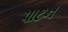
પાટન